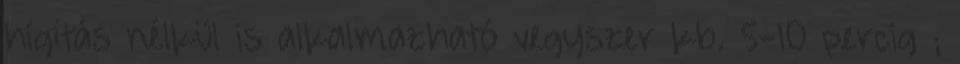
hígítás nélkül is alkalmazható vegyszer kb. 5-10 percig ;